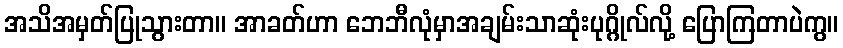
အသိအမှတ်ပြုသွားတာ။ အာခတ်ဟာ ဘေဘီလုံမှာအချမ်းသာဆုံးပုဂ္ဂိုလ်လို့ ပြောကြတာပဲကွ။